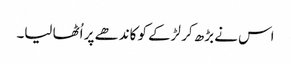
اس نے بڑھ کر لڑکے کو کاندھے پر اُٹھا لیا۔